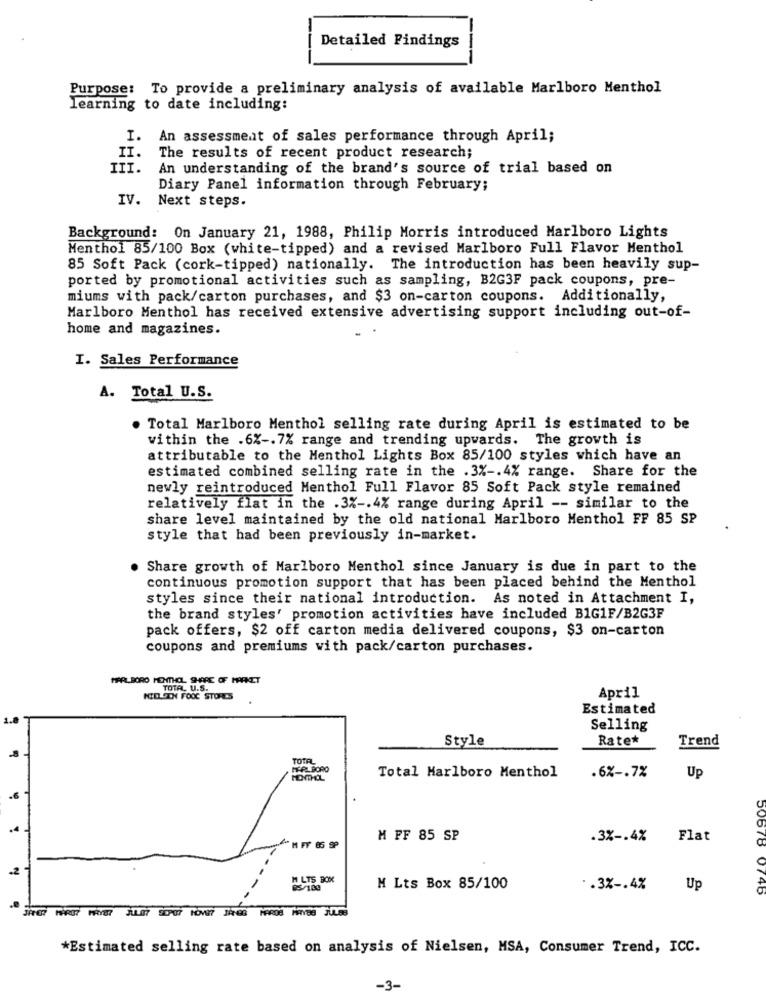
Detailed Findings
Purpose: To provide a preliminary analysis of available Marlboro Menthol
learning to date including:
I. An assessment of sales performance through April;
II.
The results of recent product research;
III.
An understanding of the brand's source of trial based on
Diary Panel information through February;
IV.
Next steps.
Background: On January 21, 1988, Philip Morris introduced Marlboro Lights
Menthol 85/100 Box (white-tipped) and a revised Marlboro Full Flavor Menthol
85 Soft Pack (cork-tipped) nationally. The introduction has been heavily sup-
ported by promotional activities such as sampling, B2G3F pack coupons, pre-
miums with pack/carton purchases, and $3 on-carton coupons. Additionally,
Marlboro Menthol has received extensive advertising support including out-of-
home and magazines.
-
I. Sales Performance
A. Total U.S.
. Total Marlboro Menthol selling rate during April is estimated to be
within the .6% -. 7% range and trending upwards. The growth is
attributable to the Menthol Lights Box 85/100 styles which have an
estimated combined selling rate in the .3% -. 4% range. Share for the
newly reintroduced Menthol Full Flavor 85 Soft Pack style remained
relatively flat in the .3% -. 4% range during April -- similar to the
share level maintained by the old national Marlboro Menthol FF 85 SP
style that had been previously in-market.
Share growth of Marlboro Menthol since January is due in part to the
continuous promotion support that has been placed behind the Menthol
styles since their national introduction. As noted in Attachment I,
the brand styles' promotion activities have included B1G1F/B2G3F
pack offers, $2 off carton media delivered coupons, $3 on-carton
coupons and premiums with pack/carton purchases.
PIREL.BORO MENTHOL SHARE OF MARKET
TOTAL U.S.
NIELSEN FOOC STORES
April
Estimated
Selling
Style
Rate*
Trend
-8
TOTAL
IT-PL BORO
Total Marlboro Menthol
.6% -. 7%
Up
-6
M FF 85 SP
.3% -. 4%
Flat
M FF 85 SP
.2
M LTS BOX
M Lts Box 85/100
.. 3% -. 4%
Up
074b
*Estimated selling rate based on analysis of Nielsen, MSA, Consumer Trend, ICC.
-3-